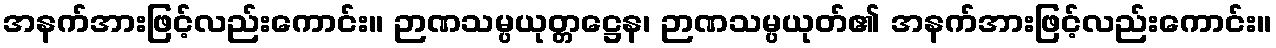
အနက်အားဖြင့်လည်းကောင်း။ ဉာဏသမ္ပယုတ္တဋ္ဌေန၊ ဉာဏသမ္ပယုတ်၏ အနက်အားဖြင့်လည်းကောင်း။